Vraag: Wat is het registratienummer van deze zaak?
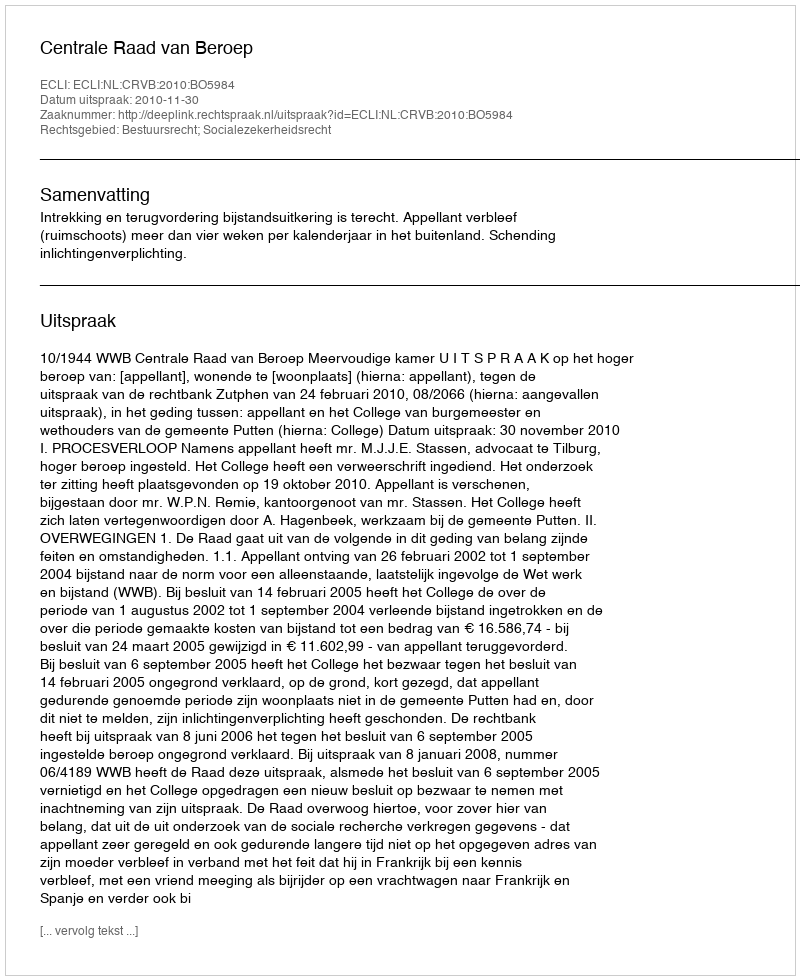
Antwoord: http://deeplink.rechtspraak.nl/uitspraak?id=ECLI:NL:CRVB:2010:BO5984